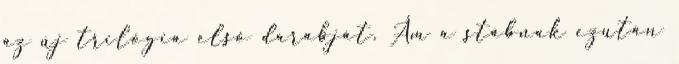
az új trilógia első darabját. Ám a stábnak ezután